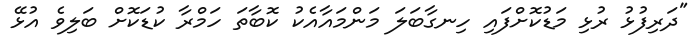
"ދަރިފުޅު ރުޅި މަޑުކޮށްފައި ހިނގާބަލަ މަންމައާއެކު ކޮބާތަ ހަމްރާ ކުޑަކޮށް ބަލިވެ އުޅޭ